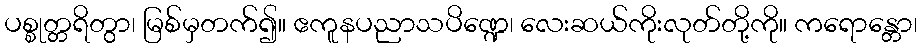
ပစ္စုတ္တရိတွာ၊ မြစ်မှတက်၍။ ဧကူနပညာသပိဏ္ဍေ၊ လေးဆယ်ကိုးလုတ်တို့ကို။ ကရောန္တော၊